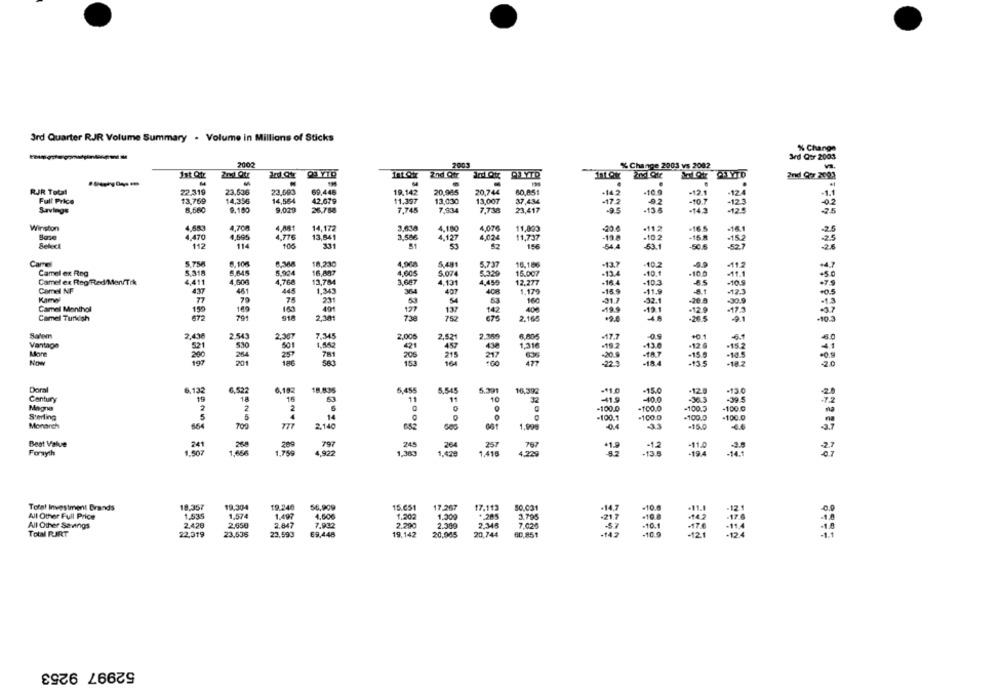
3rd Quarter RJR Volume Summary . Volume in Millions of Sticks
% Change
3rd Qor 2003
7002
2003
% Change 2003 vs 2002
2nd Cor 2001
RJR Total
22.319
23,636
69,445
19.142
20,985
20,744
80,851
162
10 9
-12.
Full Price
13,769
14,356
14,564
42.679
11,397
13,000
13,007
37,434
12
Savings
8.560
9,180
9,029
26,758
7.745
7.934
7.738
23,417
+13 6
-145
Winston
4,683
4,700
4.881
14,172
2,638
4.180
4,076
11,800
Base
4.470
4,695
4.776
13,541
3.586
4,024
20
·112
4,127
11,737
-198
-102
Select
112
11
105
51
156
Camel
5.7M
8.106
18,230
4,908
5.481
5,737
16,186
-13.7
.10.2
Camel ex Reg
5.318
5.645
5.004
16,887
4.605
5.074
5.329
15.007
-10.
Camel ex Reg/Red Men/Tik
4,411
4.606
4,768
13,784
3,687
4.131
4,450
-184
-103
-10.5
Camel NF
437
461
445
1.343
407
408
Kamel
74
1.179
-169
-11.9
77
70
23
32.1
Camel Menthol
150
169
160
127
137
142
406
Camel Turkish
672
791
918
752
67
2.168
Salem
2.543
2,307
7,345
2,006
2,52
6,00€
+17.7
-0.9
Vantage
521
421
1916
More
7m
21
-102
Now
264
20
205
153
Doral
6,13
4. 522
6.182
18.83%
5,455
5,545
5.301
16.332
-11.0
15.0
Century
53
2
2
14
-100
100
0
Monarch
664
700
2.140
1.90
Best Value
241
zes
797
257
Forsyth
1.50
1.799
SshBE
4,922
1.416
19.357
19.304
19.240
56,909
15.651
17.267
Total Investment Brands
17.113
30.001
-108
All Other Full Price
1,535
1.574
1.497
4,606
All Other Savings
2.428
2,658
2.847
7.932
2.200
1,300
7.628
Total RART
22,319
23,535
23,593
69,448
19.142
2348
20,005
20,744
68.851
52997 9253